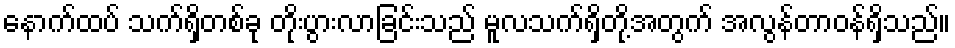
နောက်ထပ် သက်ရှိတစ်ခု တိုးပွားလာခြင်းသည် မူလသက်ရှိတို့အတွက် အလွန်တာဝန်ရှိသည်။